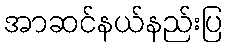
အာဆင်နယ်နည်းပြ